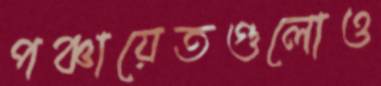
পঞ্চায়েতগুলোও